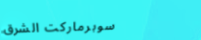
سوبرماركت الشرق